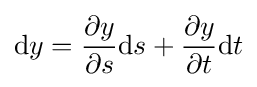
\mathrm {d} y={\frac {\partial y}{\partial s}}\mathrm {d} s+{\frac {\partial y}{\partial t}}\mathrm {d} t